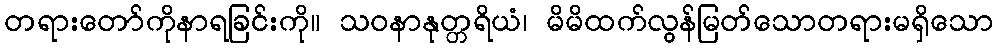
တရားတော်ကိုနာရခြင်းကို။ သဝနာနုတ္တရိယံ၊ မိမိထက်လွန်မြတ်သောတရားမရှိသော